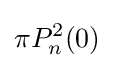
\pi P_{n}^{2}(0)